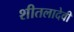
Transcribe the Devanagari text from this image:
शीतलादेवी